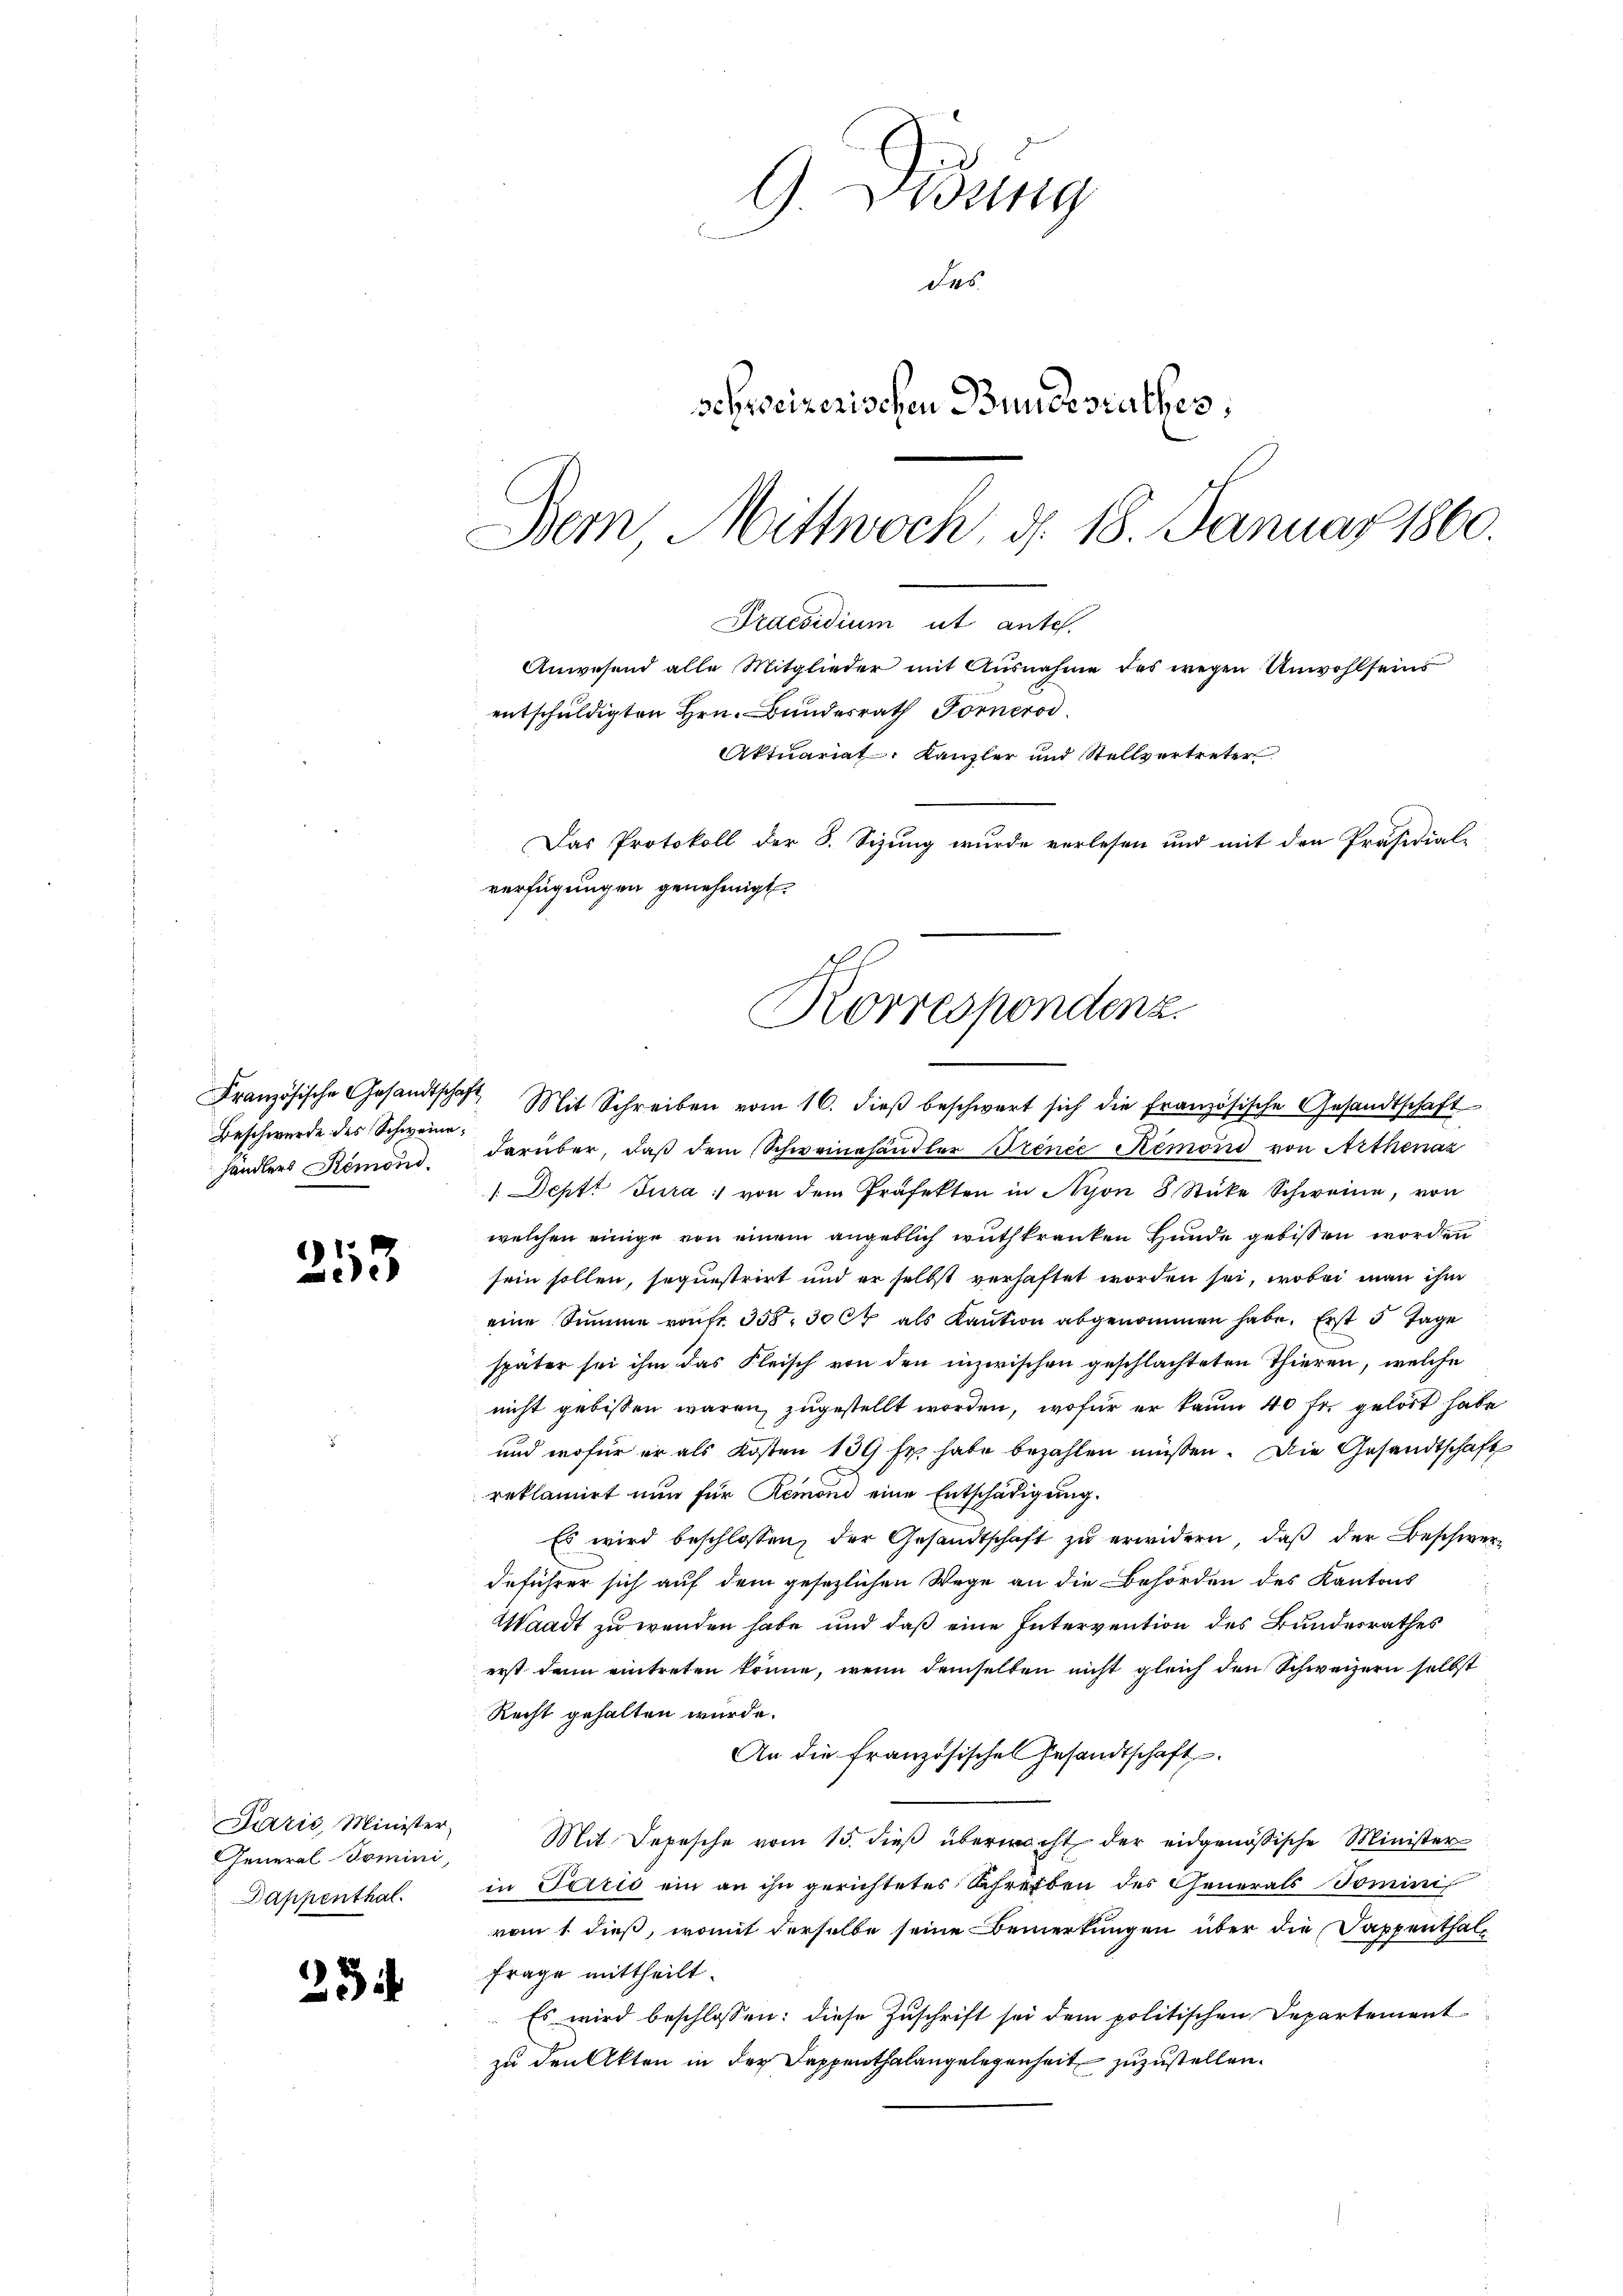
Beschwerde des Schweinehändlers Remond.

253

Lazić, Minister,
General-Tomini,
Dappenthal.

254

G. Disung
des
schweizerischen Bundesrathes:
Bern Mittwoch, d. 18. Januar 1860.

Praesidium ut ante.
Anwesend alle Mitglieder mit Ausnahme des wegen Unwohlseins
entschuldigten Hrn. Bundesrath Fornerod
Aktuariat Kanzler und Stellvertreter
Das Protokoll der S. Sizung wurde verlesen und mit den Präsidial-
verfügungen genehmigt.
Korrespondenz.

Französische Gesandtschaft Mit Schreiben vom 16. dieβ beschwert sich die französische Gesandtschaft
darüber, daß dem Schweinehandler Trence Remond von Arthenaz
1. Deptt Jura von dem Präfekten in Nyon 8 Stücke Schweine, von
welchen einige von einem angeblich wuthkranken Hunde gebissen worden
sein sollen, sequestrirt und er selbst verhaftet worden sei, wobei man ihm
eine Summe von fr. 358, 30 Ct. als Kaution abgenommen habe. Erst 5 Tage
später sei ihm das Fleisch von den inzwischen geschlachteten Thieren, welche
nicht gebissen wären, zugestellt worden, wofür er kaum 40 für gelöst habe
und wofür er als Kosten 139 fr. habe bezahlen müssen. Die Gesandtschaft
reklamirt nun für Remond eine Entschädigung.
Es wird beschlossen, der Gesandtschaft zŭ erwidern, daβ der Beschwer-
deführer sich auf dem gesezlichen Wege an die Behörden des Kantons
Waadt zu wenden habe und daß eine Intervention des Bundesrathes
erst dann eintreten könne, wenn demselben nicht gleich den Schweizern selbst
Recht gehalten würde.
An die französischen Gesandtschaft.
Mit Depesche vom 15. dieß übermacht der eidgenößische Minister
in Perić ein an ihn gerichtetes Schreiben des Generals Domini
vom 1 dieß, womit derselbe seine Bemerkungen über die Sappenthalfrage mittheilt.
Es wird beschlossen: diese Zuschrift sei dem politischen Departement
zu den Akten in der Dappenthalangelegenheit zuzustellen.